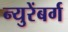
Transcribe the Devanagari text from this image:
न्युरेंबर्ग